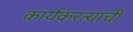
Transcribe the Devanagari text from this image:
कार्यकरत्यांची